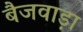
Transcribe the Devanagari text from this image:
बैजवाड़ा